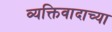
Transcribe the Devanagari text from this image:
व्यक्तिवादाच्या